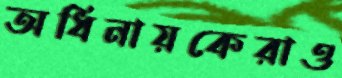
অধিনায়কেরাও